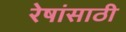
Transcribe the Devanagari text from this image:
रेषांसाठी